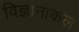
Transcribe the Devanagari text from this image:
विज्ञानाकल